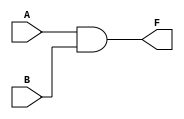
`timescale 1ns / 1ps
//////////////////////////////////////////////////////////////////////////////////
// Company: 
// Engineer: 
// 
// Design Name: 
// Module Name: exam01_combinational_logic
// Project Name: 
// Target Devices: 
// Tool Versions: 
// Description: 
// 
// Dependencies: 
// 
// Revision:
// Revision 0.01 - File Created
// Additional Comments:
// 
//////////////////////////////////////////////////////////////////////////////////


module and_gate(
    input A,
    input B, 
    output F
    );
    
    and (F, A, B);
    
endmodule

module half_adder_structural(  //aaaa
    input A, B,
    output sum, carry
    );
    
    xor (sum, A, B);
    and (carry, A, B);
    
endmodule   

module half_adder_behavioral(
    input A, B,
    output reg sum, carry
    );

    always @(A, B)begin
        case({A, B})
            2'b00: begin sum = 0; carry = 0; end
            2'b01: begin sum = 1; carry = 0; end
            2'b10: begin sum = 1; carry = 0; end
            2'b11: begin sum = 0; carry = 1; end
        endcase
    end

endmodule

module half_adder_dataflow(
    input A, B,
    output sum, carry
    );
    
    wire [1:0] sum_value;
    
    assign sum_value = A + B;
    
    assign sum = sum_value[0];
    assign carry = sum_value[1];

endmodule

module full_adder_structural(
    input A, B, cin,
    output sum, carry);
    
    wire sum_0, carry_0, carry_1;
    
    half_adder_structural ha0 (.A(A), .B(B), .sum(sum_0), .carry(carry_0));
    half_adder_structural ha1 (.A(sum_0), .B(cin), .sum(sum), .carry(carry_1));
    
    or (carry, carry_0, carry_1);

endmodule

module full_adder_behavioral(
    input A, B, cin,
    output reg sum, carry);
    
    always @(A, B, cin)begin
        case({A, B, cin})
            3'b000: begin sum = 0; carry = 0; end
            3'b001: begin sum = 1; carry = 0; end
            3'b010: begin sum = 1; carry = 0; end
            3'b011: begin sum = 0; carry = 1; end
            3'b100: begin sum = 1; carry = 0; end
            3'b101: begin sum = 0; carry = 1; end
            3'b110: begin sum = 0; carry = 1; end
            3'b111: begin sum = 1; carry = 1; end
        endcase
    end

endmodule

module full_adder_dataflow(
    input A, B, cin,
    output sum, carry
    );
    
    wire [1:0] sum_value;
    
    assign sum_value = A + B + cin;
    
    assign sum = sum_value[0];
    assign carry = sum_value[1];

endmodule

module fadder_4bit_s(
    input [3:0] A, B,
    input cin,
    output [3:0] sum,
    output carry);
    
    wire [2:0] carry_w;
    
    full_adder_structural fa0 (.A(A[0]), .B(B[0]), 
            .cin(cin), .sum(sum[0]), .carry(carry_w[0]));
    full_adder_structural fa1 (.A(A[1]), .B(B[1]), 
            .cin(carry_w[0]), .sum(sum[1]), .carry(carry_w[1]));
    full_adder_structural fa2 (.A(A[2]), .B(B[2]), 
            .cin(carry_w[1]), .sum(sum[2]), .carry(carry_w[2]));
    full_adder_structural fa3 (.A(A[3]), .B(B[3]), 
            .cin(carry_w[2]), .sum(sum[3]), .carry(carry));
    
endmodule

module fadder_4bit( //

    input [3:0] A, B,
    input cin,
    output [3:0] sum,
    output carry);
    
    wire [4:0] temp;
    
    assign temp = A + B + cin;
    assign sum = temp[3:0];
    assign carry = temp[4];   
    

endmodule

module fadd_sub_4bit_s(
    input [3:0] A, B,
    input s,            // add : s = 0, sub : s = 1
    output [3:0] sum,
    output carry);
    
    wire [3:0] carry_w;
    
    wire s0;
    xor (s0, B[0], s);  // ^ : xor, ~^ : xnor, & : and, | : or, ~ : not
    
    full_adder_structural fa0 (.A(A[0]), .B(B[0] ^ s),    
            .cin(s), .sum(sum[0]), .carry(carry_w[0]));
    full_adder_structural fa1 (.A(A[1]), .B(B[1] ^ s), 
            .cin(carry_w[0]), .sum(sum[1]), .carry(carry_w[1]));
    full_adder_structural fa2 (.A(A[2]), .B(B[2] ^ s), 
            .cin(carry_w[1]), .sum(sum[2]), .carry(carry_w[2]));
    full_adder_structural fa3 (.A(A[3]), .B(B[3] ^ s), 
            .cin(carry_w[2]), .sum(sum[3]), .carry(carry));
    
endmodule

module fadd_sub_4bit( //

    input [3:0] A, B,
    input s,
    output [3:0] sum,
    output carry);
    
    wire [4:0] temp;
    
    assign temp = s ? A - B : A + B;
    assign sum = temp[3:0];
    assign carry = ~temp[4];   
    
endmodule

module comparator_dataflow(
    input A, B,
    output equal, greater, less);
    
    assign equal = (A == B) ? 1'b1 : 1'b0;
    assign greater = (A > B) ? 1'b1 : 1'b0;
    assign less = (A < B) ? 1'b1 : 1'b0;

endmodule

module comparator #(parameter N = 8)(
    input [N-1:0] A, B,
    output equal, greater, less);
    
    assign equal = (A == B) ? 1'b1 : 1'b0;
    assign greater = (A > B) ? 1'b1 : 1'b0;
    assign less = (A < B) ? 1'b1 : 1'b0;

endmodule

module comparator_N_bit_test(
    input [1:0] A, B,
    output equal, greater, less);
    
    comparator #(.N(2)) c_16 (.A(A), .B(B), 
         .equal(equal), .greater(greater), .less(less));

endmodule

module comparator_N_bit_b #(parameter N = 8)(
    input [N-1:0] A, B,
    output reg equal, greater, less);
    
    always @(A, B)begin
        if(A == B)begin
            equal = 1;
            greater = 0;
            less = 0;
        end
        else if(A > B)begin
            equal = 0;
            greater = 1;
            less = 0;
        end
        else begin
            equal = 0;
            greater = 0;
            less = 1;
        end
    end
    
endmodule

module decoder_2_4_s(
    input [1:0] code,
    output [3:0] signal);

    wire [1:0] code_bar;
    not (code_bar[0], code[0]);
    not (code_bar[1], code[1]);
    
    and (signal[0], code_bar[1], code_bar[0]);
    and (signal[1], code_bar[1], code[0]);
    and (signal[2], code[1], code_bar[0]);
    and (signal[3], code[1], code[0]);

endmodule

module decoder_2_4_b(
    input [1:0] code,
    output reg [3:0] signal);
    
//    always @(code) 
//        if      (code == 2'b00) signal = 4'b0001;
//        else if (code == 2'b01) signal = 4'b0010;
//        else if (code == 2'b10) signal = 4'b0100;
//        else                    signal = 4'b1000;
    
    
    always @(code) 
        case(code)
            2'b00: signal = 4'b0001;
            2'b01: signal = 4'b0010;
            2'b10: signal = 4'b0100;
            2'b11: signal = 4'b1000;
        endcase
    
endmodule

module decoder_2_4_d(
    input [1:0] code,
    output [3:0] signal);

    assign signal = (code == 2'b00) ? 4'b0001 : 
        (code == 2'b01) ? 4'b0010 : (code == 2'b10) ? 4'b0100 : 4'b1000;

endmodule

module decoder_2_4_en(
    input [1:0] code,
    input enable,
    output [3:0] signal);

    assign signal = (enable == 1'b0) ? 4'b0000 : (code == 2'b00) ? 4'b0001 : 
        (code == 2'b01) ? 4'b0010 : (code == 2'b10) ? 4'b0100 : 4'b1000;

endmodule

module decoder_2_4_en_b(
    input [1:0] code,
    input enable,
    output reg [3:0] signal);

    always @(code, enable)begin
        if (enable) begin
            if      (code == 2'b00) signal = 4'b0001;
            else if (code == 2'b01) signal = 4'b0010;
            else if (code == 2'b10) signal = 4'b0100;
            else                    signal = 4'b1000;
        end
        else begin
            signal = 4'b0000;
        end
    end

endmodule

module decoder_3_8(
    input [2:0] code,
    output [7:0] signal);
    
    decoder_2_4_en_b dec_low (.code(code[1:0]), .enable(~code[2]), .signal(signal[3:0]));
    decoder_2_4_en_b dec_high (.code(code[1:0]), .enable(code[2]), .signal(signal[7:4]));
    
endmodule

module encoder_4_2(
    input [3:0] signal,
    output [1:0] code);

    assign code = (signal == 4'b0001) ? 2'b00 : 
        (signal == 4'b0010) ? 2'b01 : (signal == 4'b0100) ? 2'b10 : 2'b11;
    
endmodule

module decoder_7seg(
    input [3:0] hex_value,
    output reg [7:0] seg_7);
    
    always @(hex_value)begin
        case(hex_value)
                              //abcd_efgp
            4'b0000: seg_7 = 8'b1100_0000;  //0
            4'b0001: seg_7 = 8'b1111_1001;  //1
            4'b0010: seg_7 = 8'b1010_0100;  //2
            4'b0011: seg_7 = 8'b1011_0000;  //3
            4'b0100: seg_7 = 8'b1001_1001;  //4
            4'b0101: seg_7 = 8'b1001_0010;  //5
            4'b0110: seg_7 = 8'b1000_0010;  //6
            4'b0111: seg_7 = 8'b1101_1000;  //7
            4'b1000: seg_7 = 8'b1000_0000;  //8
            4'b1001: seg_7 = 8'b1001_1000;  //9
            4'b1010: seg_7 = 8'b1000_1000;  //A
            4'b1011: seg_7 = 8'b1000_0011;  //b
            4'b1100: seg_7 = 8'b1100_0110;  //C
            4'b1101: seg_7 = 8'b1010_0001;  //d
            4'b1110: seg_7 = 8'b1000_0110;  //E
            4'b1111: seg_7 = 8'b1000_1110;  //F
        endcase
    end
endmodule

module mux_2_1(
    input [1:0] d,
    input s,
    output f);
    
    assign f = s ? d[1] : d[0];
endmodule
//    wire sbar, w0, w1;
    
//    not (sbar, s);
//    and (w0, sbar, d[0]);
//    and (w1, s, d[1]);
//    or (f, w0, w1);
    


module mux_4_1(
    input [3:0] d,
    input [1:0] s,
    output f);
    
    assign f = d[s];
    
endmodule

module mux_8_1(
    input [7:0] d,
    input [2:0] s,
    output f);
    
    assign f = d[s];
    
endmodule

module demux_1_4(
    input d,
    input [1:0] s,
    output [3:0] f);

    assign f = (s == 2'b00) ? {3'b000, d} : 
               (s == 2'b01) ? {2'b00, d, 1'b0} : 
               (s == 2'b10) ? {1'b0, d, 2'b00} : 
                              {d, 3'b000};

endmodule

module mux_demux(
    input [7:0] d,
    input [2:0] s_mux,
    input [1:0] s_demux,
    output [3:0] f);
    
    wire w;
    
    mux_8_1 mux(.d(d), .s(s_mux), .f(w));
    demux_1_4 demux(.d(w), .s(s_demux), .f(f));

endmodule

module bin_to_dec(      //
        input [11:0] bin,
        output reg [15:0] bcd
    );
    reg [3:0] i;
    always @(bin) begin
        bcd = 0;
        for (i=0;i<12;i=i+1)begin
            bcd = {bcd[14:0], bin[11-i]};
            if(i < 11 && bcd[3:0] > 4) bcd[3:0] = bcd[3:0] + 3;
            if(i < 11 && bcd[7:4] > 4) bcd[7:4] = bcd[7:4] + 3;
            if(i < 11 && bcd[11:8] > 4) bcd[11:8] = bcd[11:8] + 3;
            if(i < 11 && bcd[15:12] > 4) bcd[15:12] = bcd[15:12] + 3;
        end
    end
endmodule